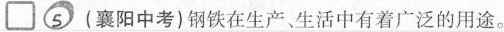
\Box 5（襄阳中考）钢铁在生产生活中有着广泛的用途。